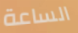
الساعة